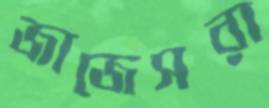
জাজেসরা